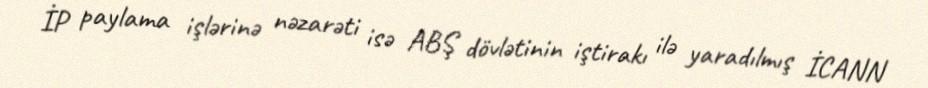
İP paylama işlərinə nəzarəti isə ABŞ dövlətinin iştirakı ilə yaradılmış İCANN